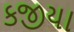
કજીયા